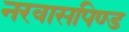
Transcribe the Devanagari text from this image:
नरवासपिण्ड